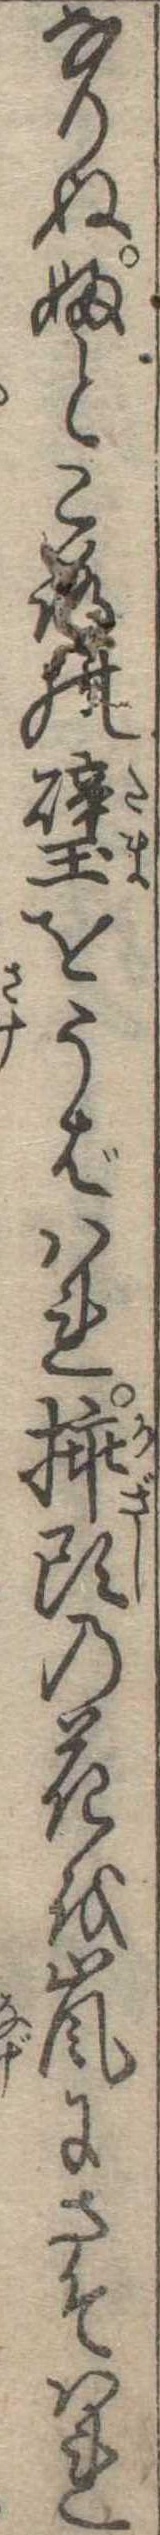
なりぬふところの璧をうばはれ挿頭の花を嵐にさそはれ